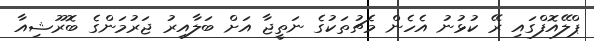
ޕްލޭއޮފްގައި ރޭ ކުޅުނު އެހެން މެޗުތަކުގެ ނަތީޖާ އަށް ބަލާއިރު ޖަރުމަންގެ ބޮރޫޝިއާ